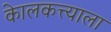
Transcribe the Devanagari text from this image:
केालकत्त्याला